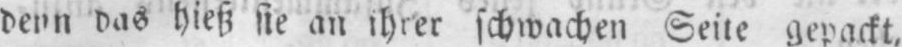
denn das hieß sie an ihrer schwachen Seite gepackt,